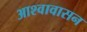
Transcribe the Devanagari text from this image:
आश्वावासन